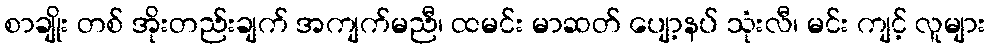
စာချိုး တစ် အိုးတည်းချက် အကျက်မညီ၊ ထမင်း မာဆတ် ပျော့နပ် သုံးလီ၊ မင်း ကျင့် လူများ